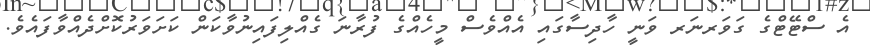
އެ ސްޓޭޓްގެ ގަވަރނަރ ވަނީ ހާދިސާގައި އެއްވެސް މީހެއްގެ ފުރާނަ ގެއްލިފައިނުވާކަން ކަށަވަރުކޮށްދެއްވާފައެވެ.